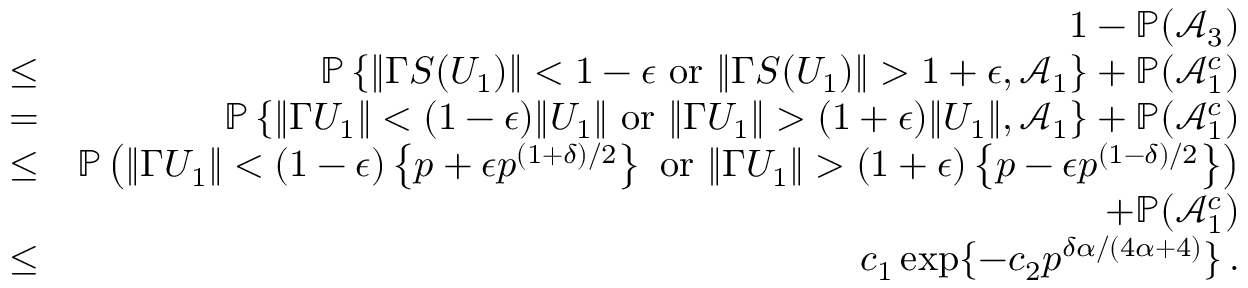
\begin{array} { r l r } & { } & { 1 - { \mathbb { P } } ( \mathcal { A } _ { 3 } ) } \\ & { \leq } & { { \mathbb { P } } \left\{ \| \Gamma S ( U _ { 1 } ) \| < 1 - \epsilon \mathrm { ~ o r ~ } \| \Gamma S ( U _ { 1 } ) \| > 1 + \epsilon , \mathcal { A } _ { 1 } \right\} + { \mathbb { P } } ( \mathcal { A } _ { 1 } ^ { c } ) } \\ & { = } & { { \mathbb { P } } \left\{ \| \Gamma U _ { 1 } \| < ( 1 - \epsilon ) \| U _ { 1 } \| \mathrm { ~ o r ~ } \| \Gamma U _ { 1 } \| > ( 1 + \epsilon ) \| U _ { 1 } \| , \mathcal { A } _ { 1 } \right\} + { \mathbb { P } } ( \mathcal { A } _ { 1 } ^ { c } ) } \\ & { \leq } & { { \mathbb { P } } \left( \| \Gamma U _ { 1 } \| < ( 1 - \epsilon ) \left\{ p + \epsilon p ^ { ( 1 + \delta ) / 2 } \right\} \mathrm { ~ o r ~ } \| \Gamma U _ { 1 } \| > ( 1 + \epsilon ) \left\{ p - \epsilon p ^ { ( 1 - \delta ) / 2 } \right\} \right) } \\ & { } & { + { \mathbb { P } } ( \mathcal { A } _ { 1 } ^ { c } ) } \\ & { \leq } & { c _ { 1 } \exp \{ - c _ { 2 } p ^ { \delta \alpha / ( 4 \alpha + 4 ) } \} \, . } \end{array}